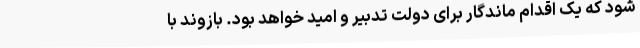
شود که یک اقدام ماندگار برای دولت تدبیر و امید خواهد بود. بازوند با